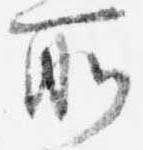
所